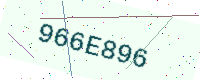
Text: 966E896